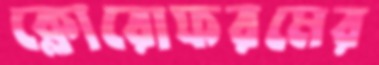
ক্লোরোফরমের